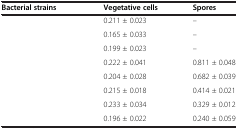
<table><thead><tr><td><b>Bacterial strains</b></td><td><b>Vegetative cells</b></td><td><b>Spores</b></td></tr></thead><tbody><tr><td>[EMPTY_CELL]</td><td>0.211 ± 0.023</td><td>–</td></tr><tr><td>[EMPTY_CELL]</td><td>0.165 ± 0.033</td><td>–</td></tr><tr><td>[EMPTY_CELL]</td><td>0.199 ± 0.023</td><td>–</td></tr><tr><td>[EMPTY_CELL]</td><td>0.222 ± 0.041</td><td>0.811 ± 0.048</td></tr><tr><td>[EMPTY_CELL]</td><td>0.204 ± 0.028</td><td>0.682 ± 0.039</td></tr><tr><td>[EMPTY_CELL]</td><td>0.215 ± 0.018</td><td>0.414 ± 0.021</td></tr><tr><td>[EMPTY_CELL]</td><td>0.233 ± 0.034</td><td>0.329 ± 0.012</td></tr><tr><td>[EMPTY_CELL]</td><td>0.196 ± 0.022</td><td>0.240 ± 0.059</td></tr></tbody></table>